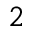
\AA ^ { 2 }